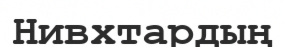
Нивхтардың